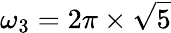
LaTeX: \omega_{3}=2\pi\times\sqrt{5}